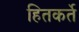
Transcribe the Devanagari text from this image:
हितकर्ते